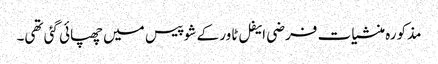
مذکورہ منشیات فرضی ایفل ٹاور کے شو پیس میں چھپائی گئی تھی۔